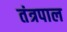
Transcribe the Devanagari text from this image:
तंत्रपाल